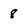
Character: 8